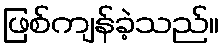
ဖြစ်ကျန်ခဲ့သည်။